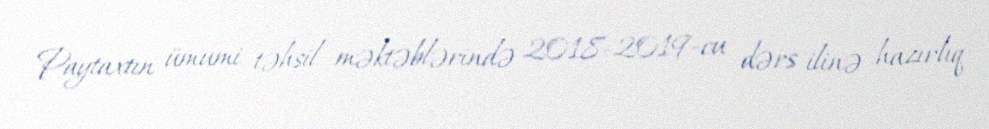
Paytaxtın ümumi təhsil məktəblərində 2018-2019-cu dərs ilinə hazırlıq